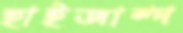
হাইজাম্প